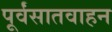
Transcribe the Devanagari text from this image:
पूर्वंसातवाहन